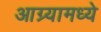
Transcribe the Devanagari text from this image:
आग्र्यामध्ये